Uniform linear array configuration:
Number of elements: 64
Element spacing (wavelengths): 1
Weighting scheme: kaiser
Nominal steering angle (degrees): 45
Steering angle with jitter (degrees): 45.762
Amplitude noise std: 0.05
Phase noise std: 0.05

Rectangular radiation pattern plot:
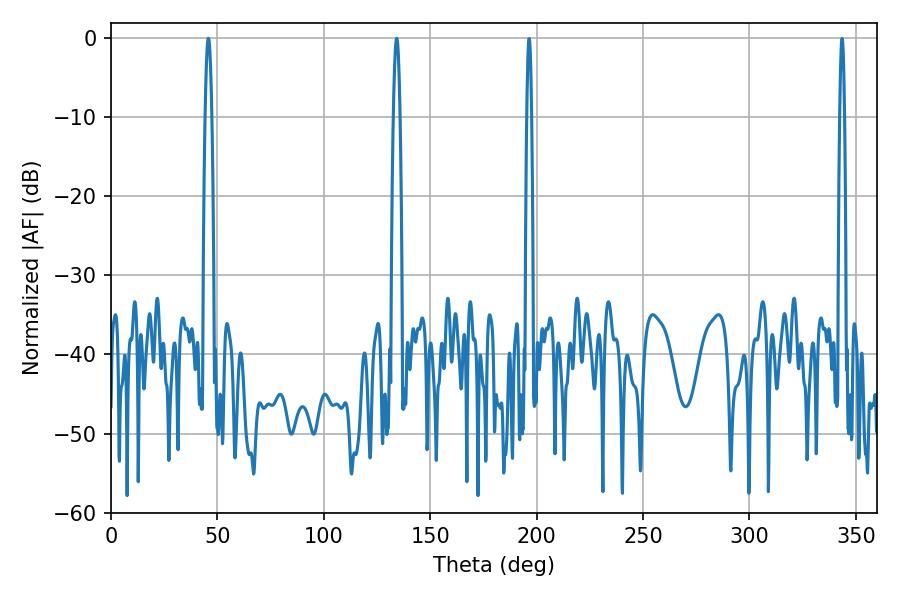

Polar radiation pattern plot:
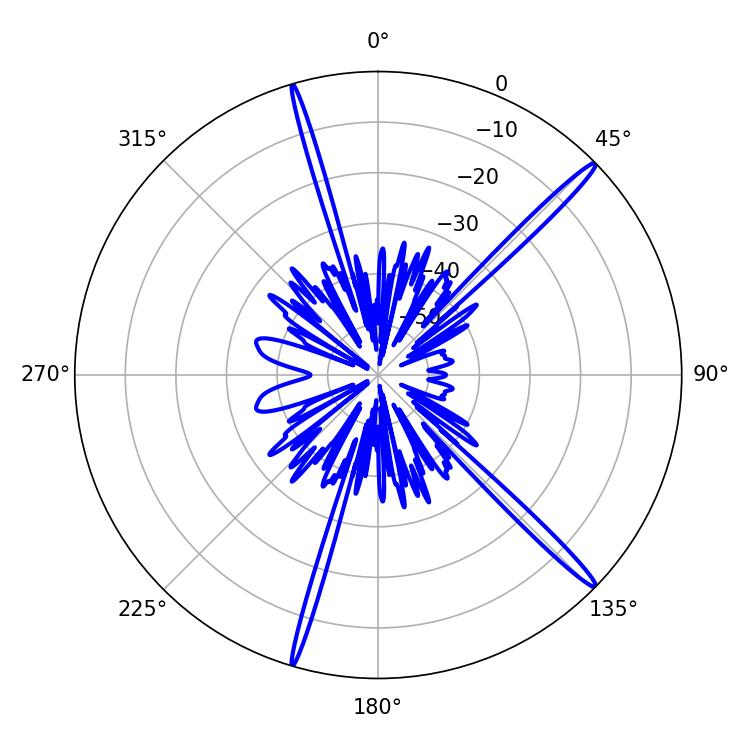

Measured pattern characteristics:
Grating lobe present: TRUE
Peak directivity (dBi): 17.697
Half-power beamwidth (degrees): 1.62
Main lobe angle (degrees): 45.72